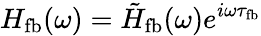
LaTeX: H_{\mathrm{fb}}(\omega)=\tilde{H}_{\mathrm{fb}}(\omega)e^{i\omega\tau_{\mathrm{fb}}}